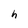
Character: h